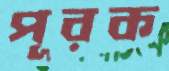
পূরক